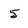
Character: 5